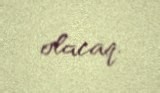
olacaq.